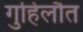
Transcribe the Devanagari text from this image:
गुहिलौत